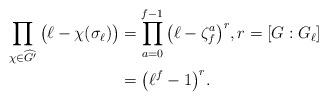
LaTeX: \begin{align*}\prod_{\chi \in \widehat{G'}} \big( \ell - \chi(\sigma_{\ell}) \big) &= \prod_{a=0}^{f-1} \big( \ell- \zeta_f^a \big)^r , r=[G:G_{\ell}] \\&= \big( \ell^f -1 \big)^r.\end{align*}